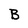
Character: B